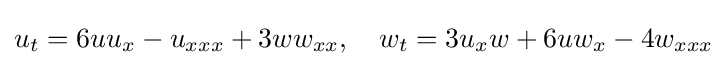
\displaystyle u_{t}=6uu_{x}-u_{xxx}+3ww_{xx},\quad w_{t}=3u_{x}w+6uw_{x}-4w_{xxx}